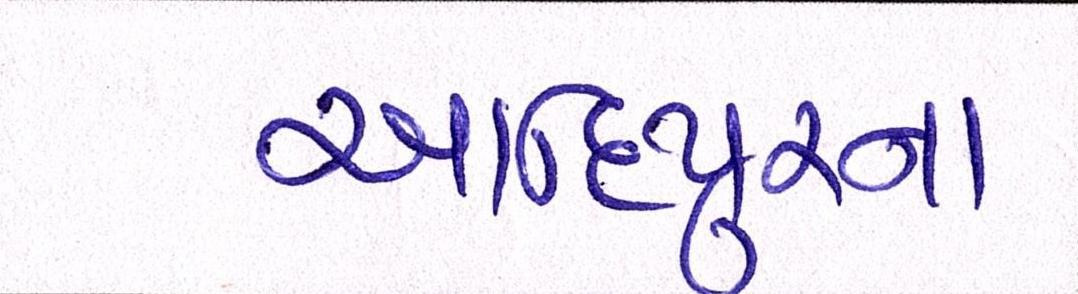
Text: આદિપુરના